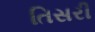
તિસરી